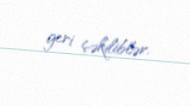
geri çəkiliblər.